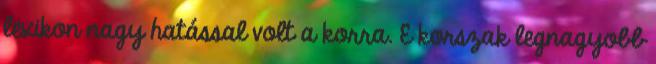
lexikon nagy hatással volt a korra. E korszak legnagyobb